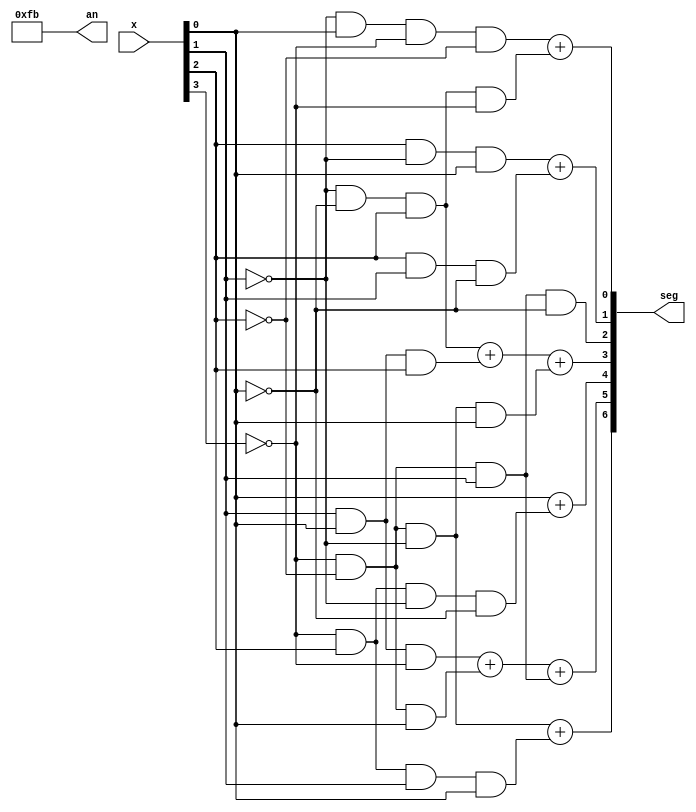
module number3(
    input [3:0]x, 
    //output [7:0]an,
    output [6:0] seg,
    output [7:0] an
    );
   assign seg[0] = (~x[1]&x[0]&~x[3]&~x[2])  + (~x[1]&~x[0]&x[2]& (~x[3]));
   assign seg[1] = (x[2]&~x[1]&x[0]) + (x[2]&x[1]&~x[0]);
   assign seg[2] = ~x[3]&~x[2]&x[1]&~x[0];
   assign seg[3] = (~x[1]&~x[0]&x[2]) + (x[1]&x[0]&x[2]) + (~x[3]&~x[2]&~x[1]&x[0]);
   assign seg[4] = x[0] + (~x[3]&x[2]&~x[1]&~x[0]);
   assign seg[5] = (x[1]&x[0]&~x[3]) + (~x[3]&~x[2]&x[0]) + (~x[3]&~x[2]&x[1]);
   assign seg[6] = (~x[3]&~x[2]&~x[1]) + (~x[3]&x[2]&x[1]&x[0]);
   
   assign an = 8'b11111011;
    
endmodule